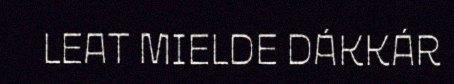
LEAT MIELDE DÁKKÁR